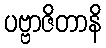
ပဗ္ဗာဇိတာနိ